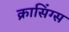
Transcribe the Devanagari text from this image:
क्रासिंग्स